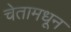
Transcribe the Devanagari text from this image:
चेतामधून